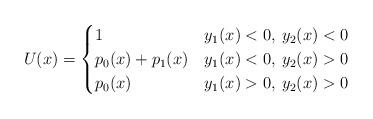
LaTeX: \begin{align*} U(x)=\begin{cases} 1 & y_1(x)<0, \: y_2(x) < 0 \\ p_0(x)+p_1(x) & y_1(x)<0,\: y_2(x)>0 \\ p_0(x) & y_1(x)>0,\: y_2(x)>0 \end{cases} \end{align*}